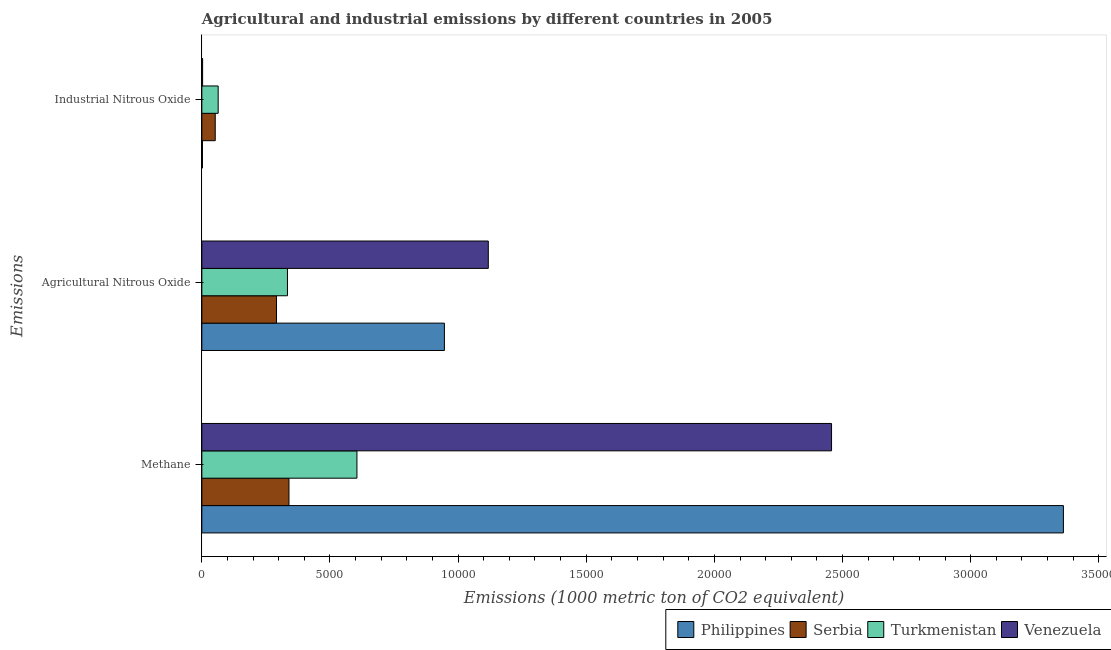
| Emissions | Philippines | Serbia | Turkmenistan | Venezuela |
 | --- | --- | --- | --- | --- |
 | Methane | 3.36e+04 | 3.4e+03 | 6.05e+03 | 2.46e+04 |
 | Agricultural Nitrous Oxide | 9.47e+03 | 2.91e+03 | 3.34e+03 | 1.12e+04 |
 | Industrial Nitrous Oxide | 24 | 522 | 637 | 30.1 |